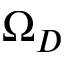
\Omega _ { D }